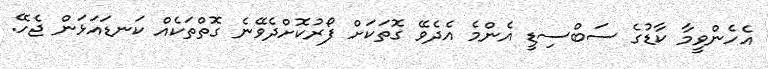
އެހެންވީމާ ކާޑުގެ ސަބްސިޑީ އެންމެ އެދެވޭ ގޮތަކަށް ފޯރުކޮށްދެވޭނެ ގޮތްތަކެއް ކަނޑައަޅަން ޖެހޭ.